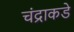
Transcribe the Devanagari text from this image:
चंद्राकडे